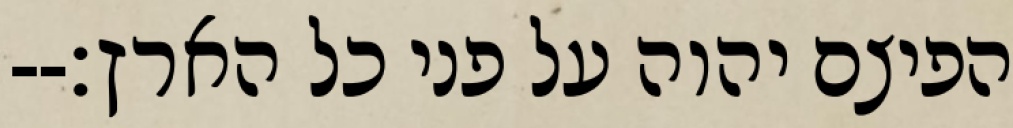
הפיצם יהוה על פני כל הארץ׃--